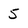
Character: 5